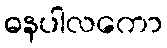
ဓနပါလကော